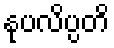
နုပလိပ္ပတိ